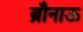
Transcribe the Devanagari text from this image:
ब्रौनाऊ